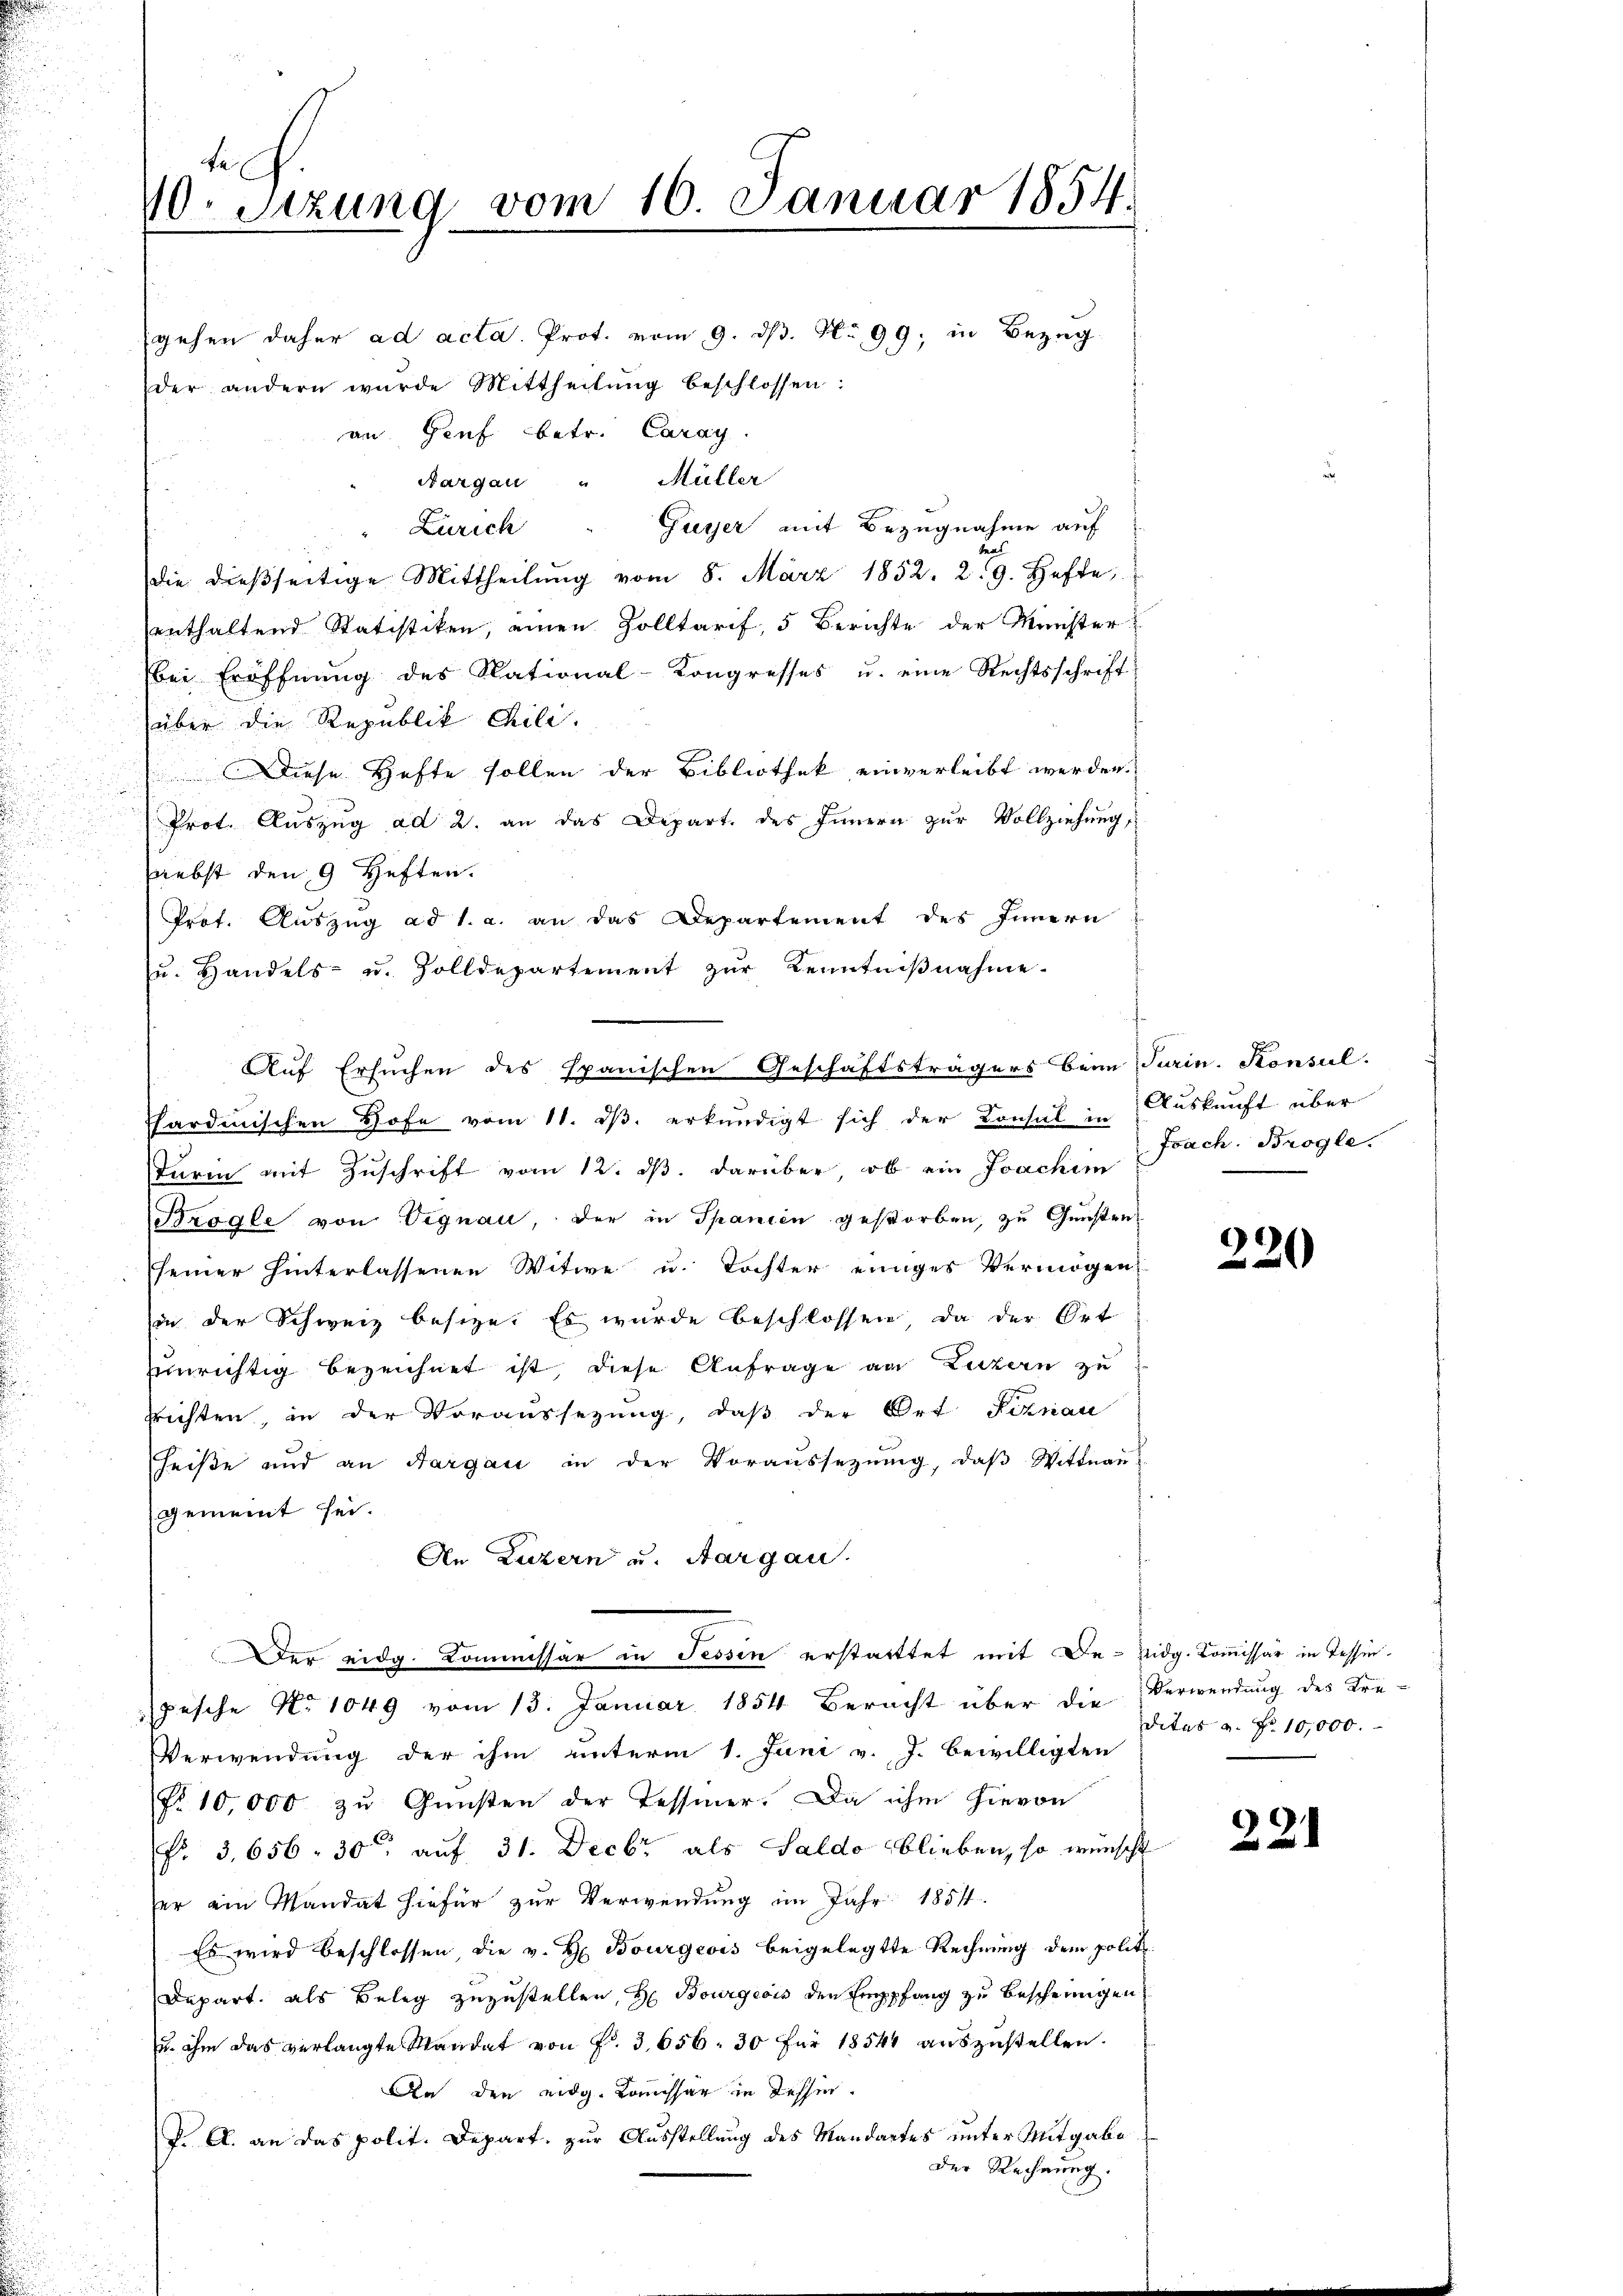
d

be
10. Sitzung vom 16. Januar 1854.

gehen daher ad acta. Prot. vom 9. ds. No 99; in Bezug
der andern wurde Mittheilŭng beschlossen:
an Genf betr. Caray.
Aargau " Müller
Zürich Guyer mit Bezugnahme auf
u
die dießseitige Mittheilung vom 8. März 1852. 29. Hefte,
enthaltend Statistiken, einen Zolltarif, 5 Berichte der Minister
bei Eröffnŭng des National-Kongresses u. eine Rechtsschrift
über die Republik Chili.
 Diese Hefte sollen der Bibliothek einverleibt werden.
Prot. Auszug ad 2. an das Depart des Innern zur Vollziehung,
(nebst den 9 Heften.
Prof. Auszug ad 1. a. an das Departement des Innern
u. Handels- u. Zolldepartement zŭr Kenntniβnahme.
Phardischen Hofe vom 11. dβ. erkundigt sich der Consul in Auskunft über
Turin mit Zuschrift vom 12. ds. darüber, ob ein Joachim
Brögle von Vignau, der in Spanien gestorben, zu Gunstenseiner hinterlassenen Witwe u. Tochter einiges Vermögen
in der Schweiz besitze. Es wurde beschlossen, da der Ort
Einrichtig bezeichnet ist diese Anfrage an Luzern zu
frichten, in der Voraussezung, daβ der Ort Sirnau
heiße und an Aargau in der Voraussetzŭng, daβ Wittnau
gemeint sei.
An Luzern und Aargau.
Der eidg. Kommissär in Tessen erstattet mit De- Vidg. Kommissär in Tessinpesche No 1049 vom 13. Januar 1854 Beracht über die Verwendung des Kre-
Verwendung der ihm unterm 1. Juni v. J. bewilligten
No 10,000 zu Gunsten der Tessiner. Da ihm hievon
Nr. 3. 656. 30 auf 31. Decbr als Saldo blieben, so wünscht
ser ein Mandat hiefür zur Verwendung im Jahr 1857
Es wird beschlossen die v. H. Bourgeois beigelegte Rechnung dem polit
Depart, als Beleg zuzustellen, Hr. Bourgeois den Empfang zu bescheinigen
u. ihm das verlangte Mandat von P. 3656. 30 für 18544 auszustellen.
An den eidg. Kommissar in dessen
P. A. an das polit. Depart, zur Ausstellung des Mandartes unter Mitgabe
Der Rechnung.

Auf Ersuchen des Spanischen Geschäftsträgers beim Turin. Konsul-

Isach. Brogle.

220

dites a. Nr. 10,000.

221